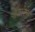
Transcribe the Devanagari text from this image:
डेटलेफ़